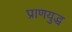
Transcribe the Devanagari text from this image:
प्राणयुद्ध